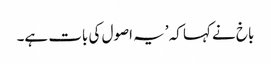
باخ نے کہا کہ ’یہ اصول کی بات ہے۔